system: You are a helpful assistant.
user:
Analyze the provided spectrum to determine if it is a **Carbon Star (C-type)**.

- **Key Visual Indicators of Carbon Star:**
    - **(Primary):** Strong molecular absorption from **C₂ (diatomic carbon) "Swan Bands."** This is the **defining feature** of a carbon star.
        - **(Key Bandheads):** Sharp absorption edges are visible at approximately $5635$ Å, $5165$ Å (the strongest band), and $4737$ Å.
        - **(Line Profile):** Creates a distinct **"saw-tooth"** pattern. The key morphology is a sharp, steep bandhead on the **red (long-wavelength) side**, which then gradually tapers off (i.e., flux recovers) towards the **blue (short-wavelength) side**. *(This is the direct opposite of the TiO bands seen in M-type stars)*.

    - **(Secondary):** Intense **CN (cyanogen)** molecular absorption bands.
        - **(Key Bandheads):** Located in the blue and violet regions of the spectrum (e.g., near $4215$ Å and $3883$ Å).
        - **(Morphology):** These bands are extremely broad and act as a "blanket," absorbing the vast majority of blue and violet light. This creates a characteristic **"cliff"** or **"steep drop-off"** in the spectrum's flux at short wavelengths.

    - **(Key Confirmation):** Strong **CH absorption band (G-band)**.
        - **(Key Bandhead):** Located around $4300$ Å. The contribution from CH molecules to this band is exceptionally strong.

    - **(Overall Spectrum):**
        - The continuum is severely "chopped up" by these deep molecular bands, especially C₂, rather than appearing as a smooth curve.
        - Due to the heavy CN and C₂ absorption in the blue-green, the vast majority of the star's flux is concentrated in the red part of the spectrum, giving the star its characteristic deep red color.

Think first, call **spectral_visualization_tool** if needed to examine features in detail, then provide your final answer. Your response must adhere to the following strict rules:
1.  **Overall Structure:** Your response must follow the format `<think>...</think> <tool_call>...</tool_call> (if a tool is used) <answer>...</answer>`.
2.  **Tool Usage Constraint:** You may only make **one** tool call per turn.
3.  **Final Answer Format:** In the `<answer>` tag, your conclusion must be inside a `\boxed{}` command (e.g., `\boxed{YES}`), followed by your justification.

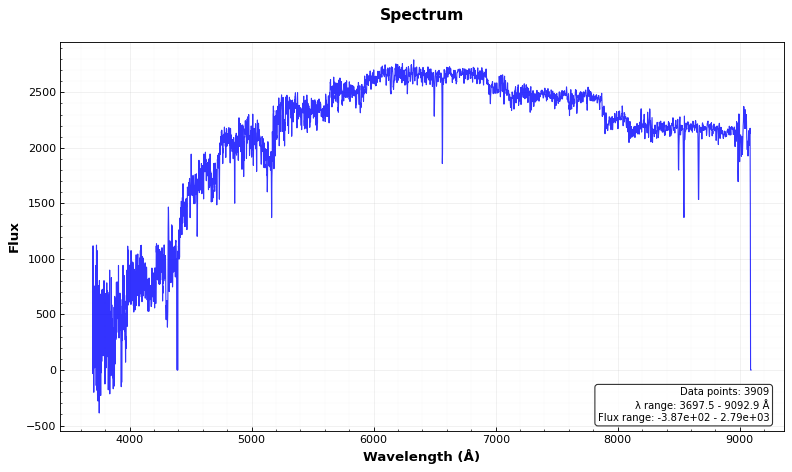
Answer: YES